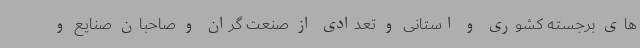
های برجسته کشوری و استانی و تعدادی از صنعت گران و صاحبان صنایع و